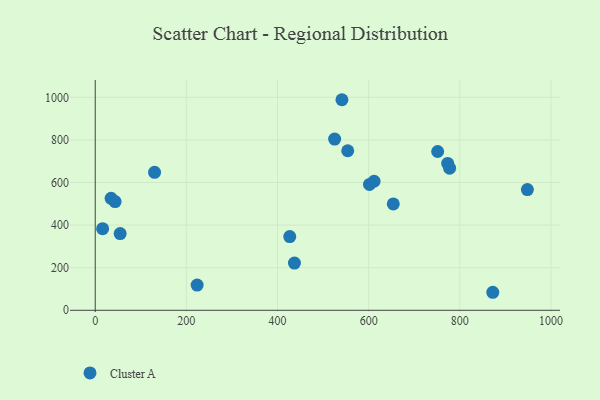
{"axis": {"x": "Speed", "y": "Rating"}, "legend": ["Cluster A"], "data": [{"x": "16.2", "y": 383.3, "type": "Cluster A"}, {"x": "54.7", "y": 360.4, "type": "Cluster A"}, {"x": "773.5", "y": 689.5, "type": "Cluster A"}, {"x": "223.6", "y": 118.3, "type": "Cluster A"}, {"x": "541.4", "y": 988.7, "type": "Cluster A"}, {"x": "34.8", "y": 525.6, "type": "Cluster A"}, {"x": "525.4", "y": 803.8, "type": "Cluster A"}, {"x": "554.1", "y": 749.1, "type": "Cluster A"}, {"x": "751.5", "y": 745.7, "type": "Cluster A"}, {"x": "601.9", "y": 591.0, "type": "Cluster A"}, {"x": "777.7", "y": 667.1, "type": "Cluster A"}, {"x": "612.0", "y": 605.9, "type": "Cluster A"}, {"x": "948.4", "y": 566.7, "type": "Cluster A"}, {"x": "426.9", "y": 346.0, "type": "Cluster A"}, {"x": "872.5", "y": 84.6, "type": "Cluster A"}, {"x": "654.1", "y": 499.5, "type": "Cluster A"}, {"x": "437.2", "y": 221.6, "type": "Cluster A"}, {"x": "43.6", "y": 510.3, "type": "Cluster A"}, {"x": "130.2", "y": 647.6, "type": "Cluster A"}]}